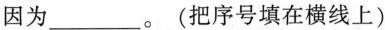
因为___。(把序号填在横线上)